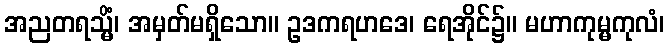
အညတရသ္မိံ၊ အမှတ်မရှိသော။ ဥဒကရဟဒေ၊ ရေအိုင်၌။ မဟာကုမ္မကုလံ၊